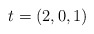
\begin{align*}t=(2,0,1)\end{align*}